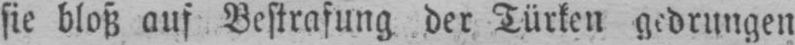
sie bloß auf Bestrafung der Türken gedrungen